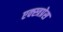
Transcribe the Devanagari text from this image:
एक्स्त्रप्रेस